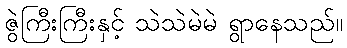
ဇွဲကြီးကြီးနှင့် သဲသဲမဲမဲ ရွာနေသည်။